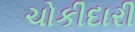
ચોકીદારી